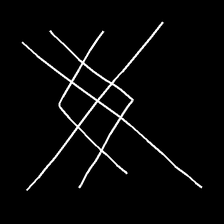
Glyph: crystal